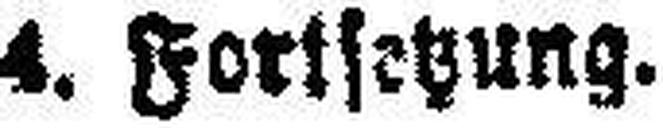
4. Fortsetzung.